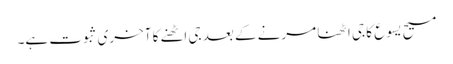
مسیح یسوع کا جی اٹھنا مرنے کے بعد جی اٹھنے کا آخری ثبوت ہے۔